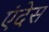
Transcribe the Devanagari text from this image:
एंदेस